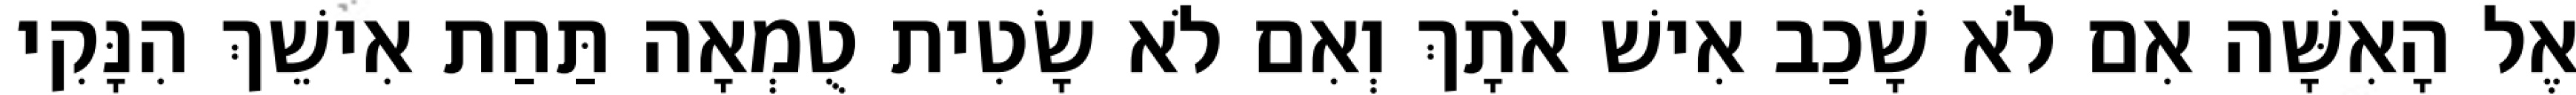
אֶל הָאִשָּׁה אִם לֹא שָׁכַב אִישׁ אֹתָךְ וְאִם לֹא שָׂטִית טֻמְאָה תַּחַת אִישֵׁךְ הִנָּקִי